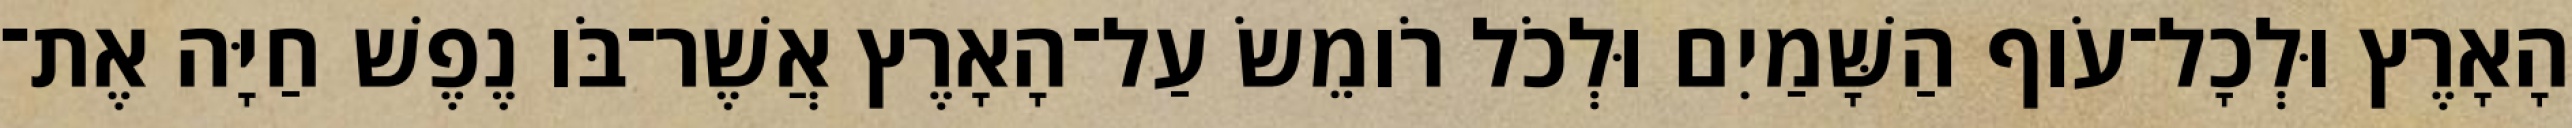
הָאָרֶץ וּלְכָל־עֹוף הַשָּׁמַיִם וּלְכֹל רֹומֵשׂ עַל־הָאָרֶץ אֲשֶׁר־בֹּו נֶפֶשׁ חַיָּה אֶת־